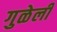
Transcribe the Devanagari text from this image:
गुळेली